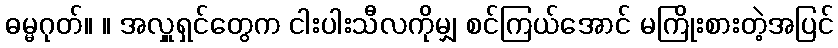
ဓမ္မဂုတ်။ ။ အလှူရှင်တွေက ငါးပါးသီလကိုမျှ စင်ကြယ်အောင် မကြိုးစားတဲ့အပြင်